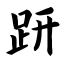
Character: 趼